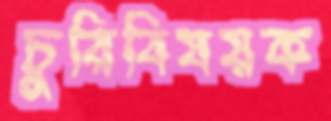
চুরিবিষয়ক